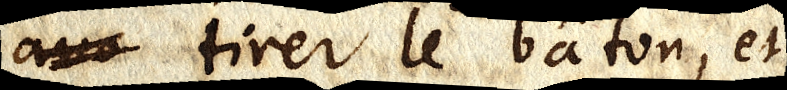
au_ tirer le bâton, et